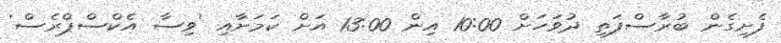
ފެށިގެން ބުރާސްފަތި ދުވަހަށް 10:00 އިން 13:00 އަށް ކަމަށާއި 'ވިސާ އެކްސްޕްރެސް'